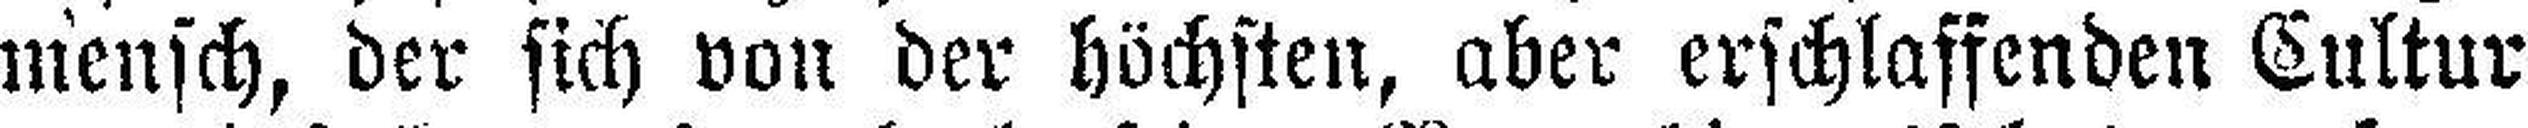
mensch, der sich von der höchsten, aber erschlaffenden Cultur